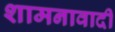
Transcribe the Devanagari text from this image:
शामनावादी